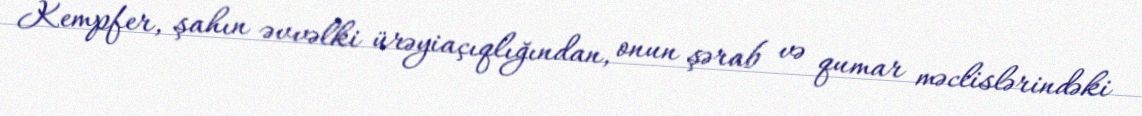
Kempfer, şahın əvvəlki ürəyiaçıqlığından, onun şərab və qumar məclislərindəki